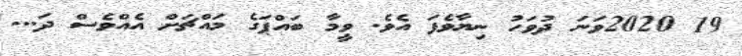
19 2020ވަނަ ދުވަހު ނިޔާވެފަ އެވެ. ވީމާ ބައްޕަގެ މައްޗަށް އެއްވެސް ދަ...